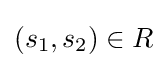
(s_{1},s_{2})\in R